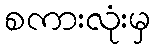
စကားလုံးမှ